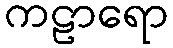
ကဠာရော